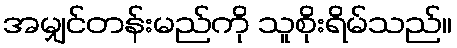
အမျှင်တန်းမည်ကို သူစိုးရိမ်သည်။